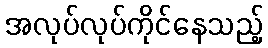
အလုပ်လုပ်ကိုင်နေသည့်